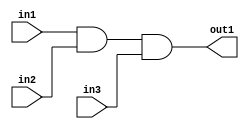
module ex02(in1, in2, in3, out1);

    input in1,in2,in3;
    output out1;

    wire in1,in2,in3;
    wire out1;

    assign out1=in1&in2&in3;
endmodule